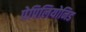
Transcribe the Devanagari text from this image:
पेपिलियोनिड